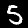
Label: 5